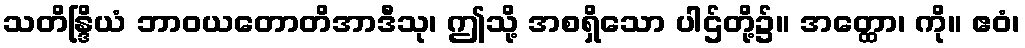
သတိန္ဒြိယံ ဘာဝယတောတိအာဒီသု၊ ဤသို့ အစရှိသော ပါဌ်တို့၌။ အတ္ထော၊ ကို။ ဧဝံ၊